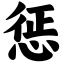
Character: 惩